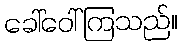
ခေါ်ဝေါ်ကြသည်။